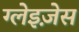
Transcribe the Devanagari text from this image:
ग्लेइज़ेस